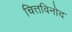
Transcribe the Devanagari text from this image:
चित्तविनोद